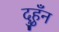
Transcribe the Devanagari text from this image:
दुहुँन